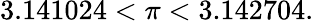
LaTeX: {}3.141024<\pi<3.142704.